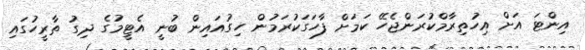
އިންޓަ އަށް އިހުތިރާމްކުރަންޖެހޭ ކަމަށް ފާހަގަކުރަމުން ހިގުއައިން ބުނީ އެޓީމުގެ ދިގު ތާރީހުގައި